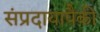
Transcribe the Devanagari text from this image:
संप्रदायापैकी